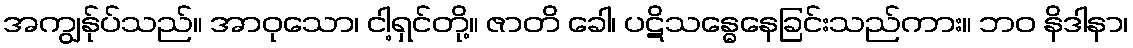
အကျွန်ုပ်သည်။ အာဝုသော၊ ငါ့ရှင်တို့။ ဇာတိ ခေါ၊ ပဋိသန္ဓေနေခြင်းသည်ကား။ ဘဝ နိဒါနာ၊